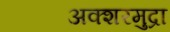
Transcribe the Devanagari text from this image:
अक्शरमुद्रा